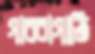
গাবরাগাতি